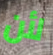
لأن